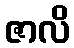
ဇာလိ